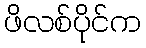
ဖိလစ်ပိုင်က